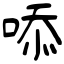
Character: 㖭